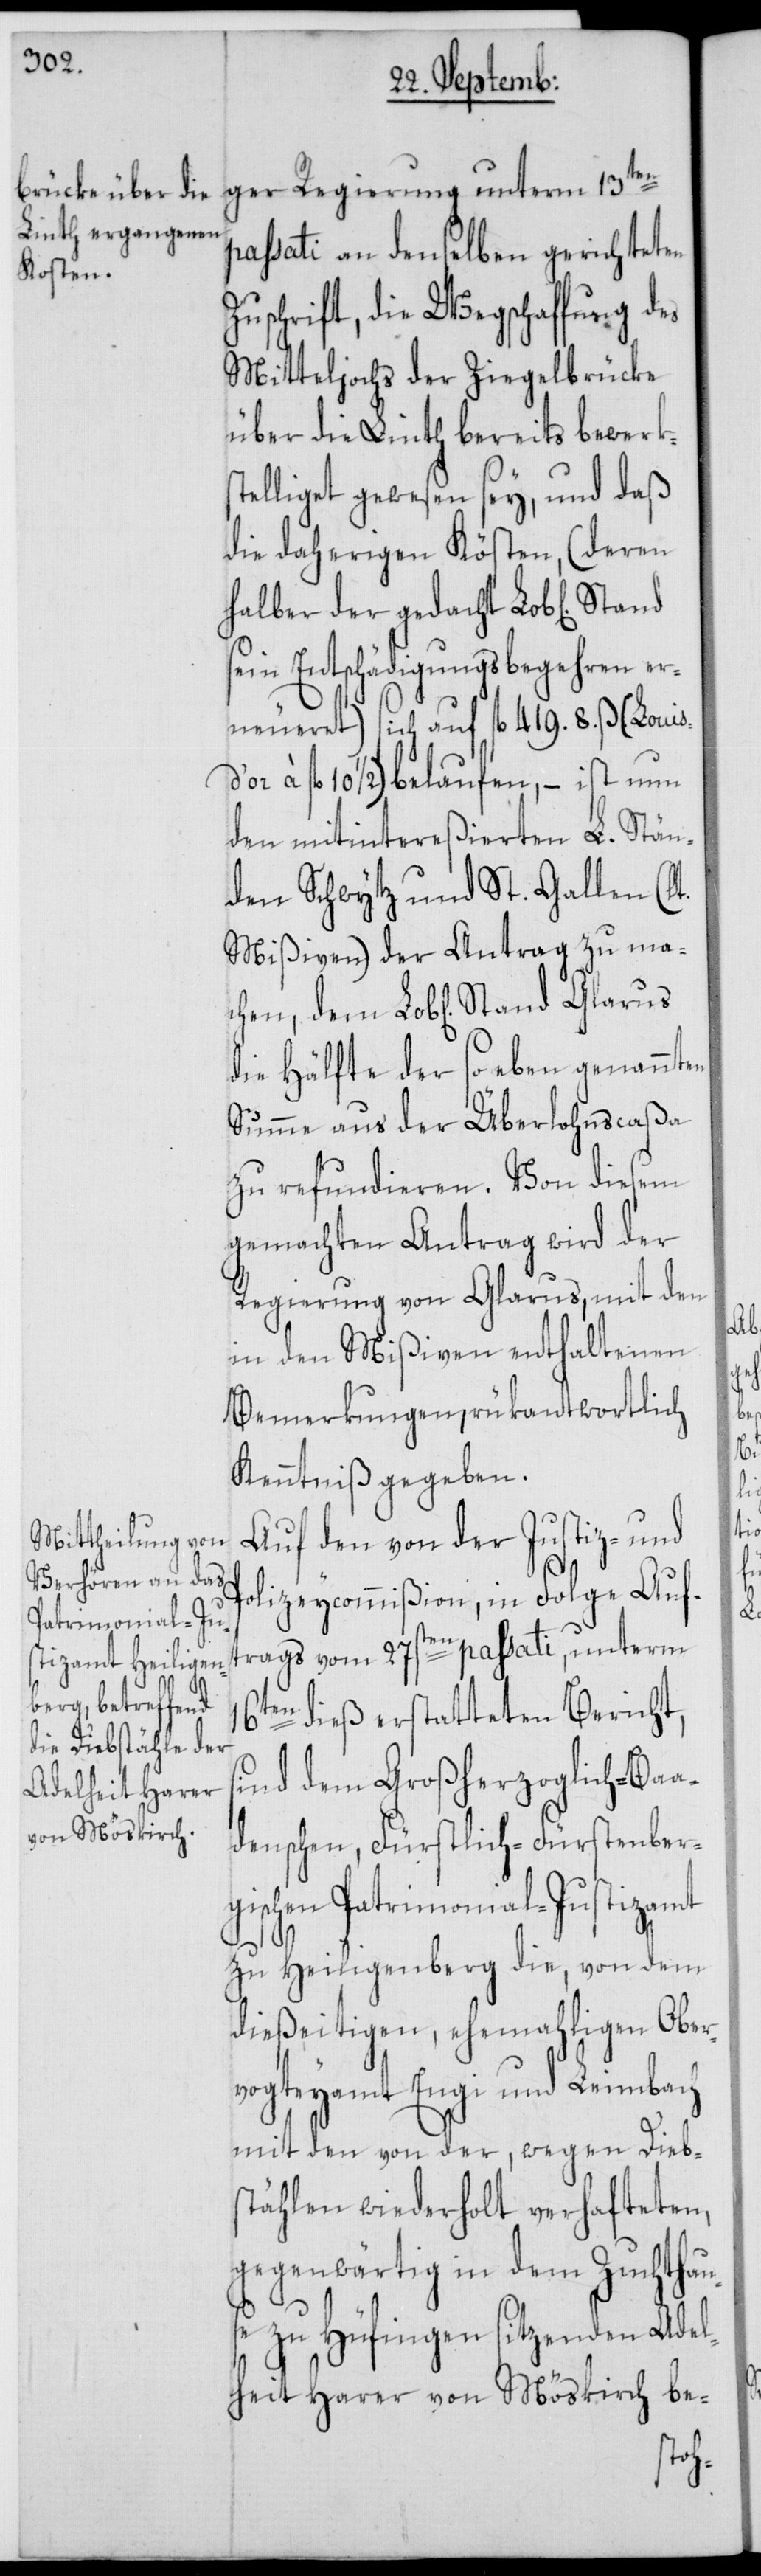
ger Regierung unterm 13ten
passati an denselben gerichteten
uschrift, die Wegschaffung des
Mitteljochs der Ziegelbrücke
über die Linth bereits bewerks¬
telliget gewesen sey, und daß
die daherigen Kösten, (deren
halber der gedacht Lob[liche]
sein Entschädigungsbegehren er¬
neueret) sich auf fl. 419. 8. ß (Louis
10 1/2) belaufen, – ist nun
den mitintereßierten L. Stän¬
den Schwytz und St. Gallen (lt.
Mißiven) der Antrag zu ma¬
chen, dem Lob[lichen] Stand
die Hälfte der soeben genannten
Summe aus der Überlohnscaßa
zu refundieren. Von diesem
gemachten Antrag wird der
Regierung von Glarus, mit dem
in den Mißiven enthaltenen
Bemerkungen, rükantwortlich
Kenntniß gegeben.
Auf den von der Justiz- und
lizeycommißion, in Folge Auf¬
trags vom 27sten passati, unterm
16ten dieß erstatteten Bericht,
sind dem Großherzoglich-Baa¬
denschen, Fürstlich-Fürstenber¬
gischen Patrimonial-Justizamt
zu Heiligenberg die, von dem
dießeitigen, ehemahligen Ober¬
vogteyamt Engi und Leimbach
mit den von der, wegen Dieb¬
stählen wiederholt verhafteten,
gegenwärtig in dem Zuchthau¬
se zu Hüfingen sitzenden Adel¬
heit Harer von Möskirch be-
Po¬